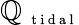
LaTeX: \mathbb{Q}_{\mathrm{{~\scriptsize~t~i~d~a~l~}}}